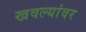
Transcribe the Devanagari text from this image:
खवल्यांवर